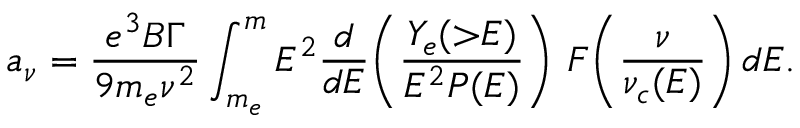
a _ { \nu } = \frac { e ^ { 3 } B \Gamma } { 9 m _ { e } \nu ^ { 2 } } \int _ { m _ { e } } ^ { m } E ^ { 2 } \frac { d } { d E } \! \left( \frac { Y _ { e } ( \mathord { > } E ) } { E ^ { 2 } P ( E ) } \right) \, F \! \left( \frac { \nu } { \nu _ { c } ( E ) } \right) d E .